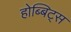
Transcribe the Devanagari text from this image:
होब्बिट्स